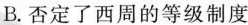
B.否定了西周的等级制度